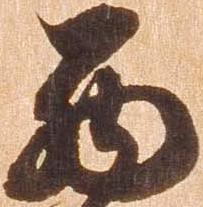
西